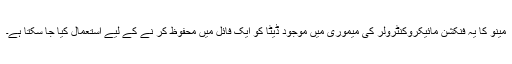
مینو کا یہ فنکشن مائیکروکنٹرولر کی میموری میں موجود ڈیٹا کو ایک فائل میں محفوظ کر نے کے لیے استعمال کیا جا سکتا ہے۔